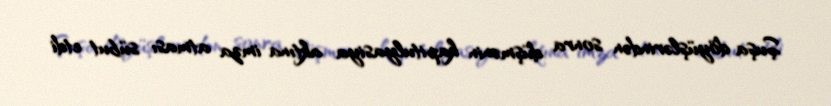
Şuşa döyüşlərindən sonra düşmənin kapitulyasiya aktına imza atması sübut etdi